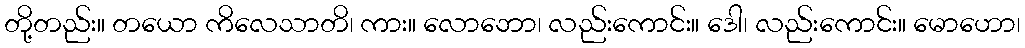
တို့တည်း။ တယော ကိလေသာတိ၊ ကား။ လောဘော၊ လည်းကောင်း။ ဒေါ၊ လည်းကောင်း။ မောဟော၊